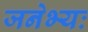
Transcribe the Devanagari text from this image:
जनेभ्यः